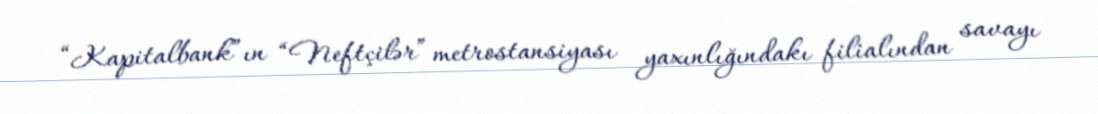
“Kapitalbank”ın “Neftçilər” metrostansiyası yaxınlığındakı filialından savayı